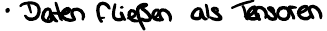
Daten fließen als Tensoren